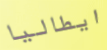
ايطاليا